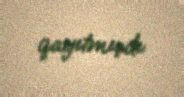
qayıtmışdı.